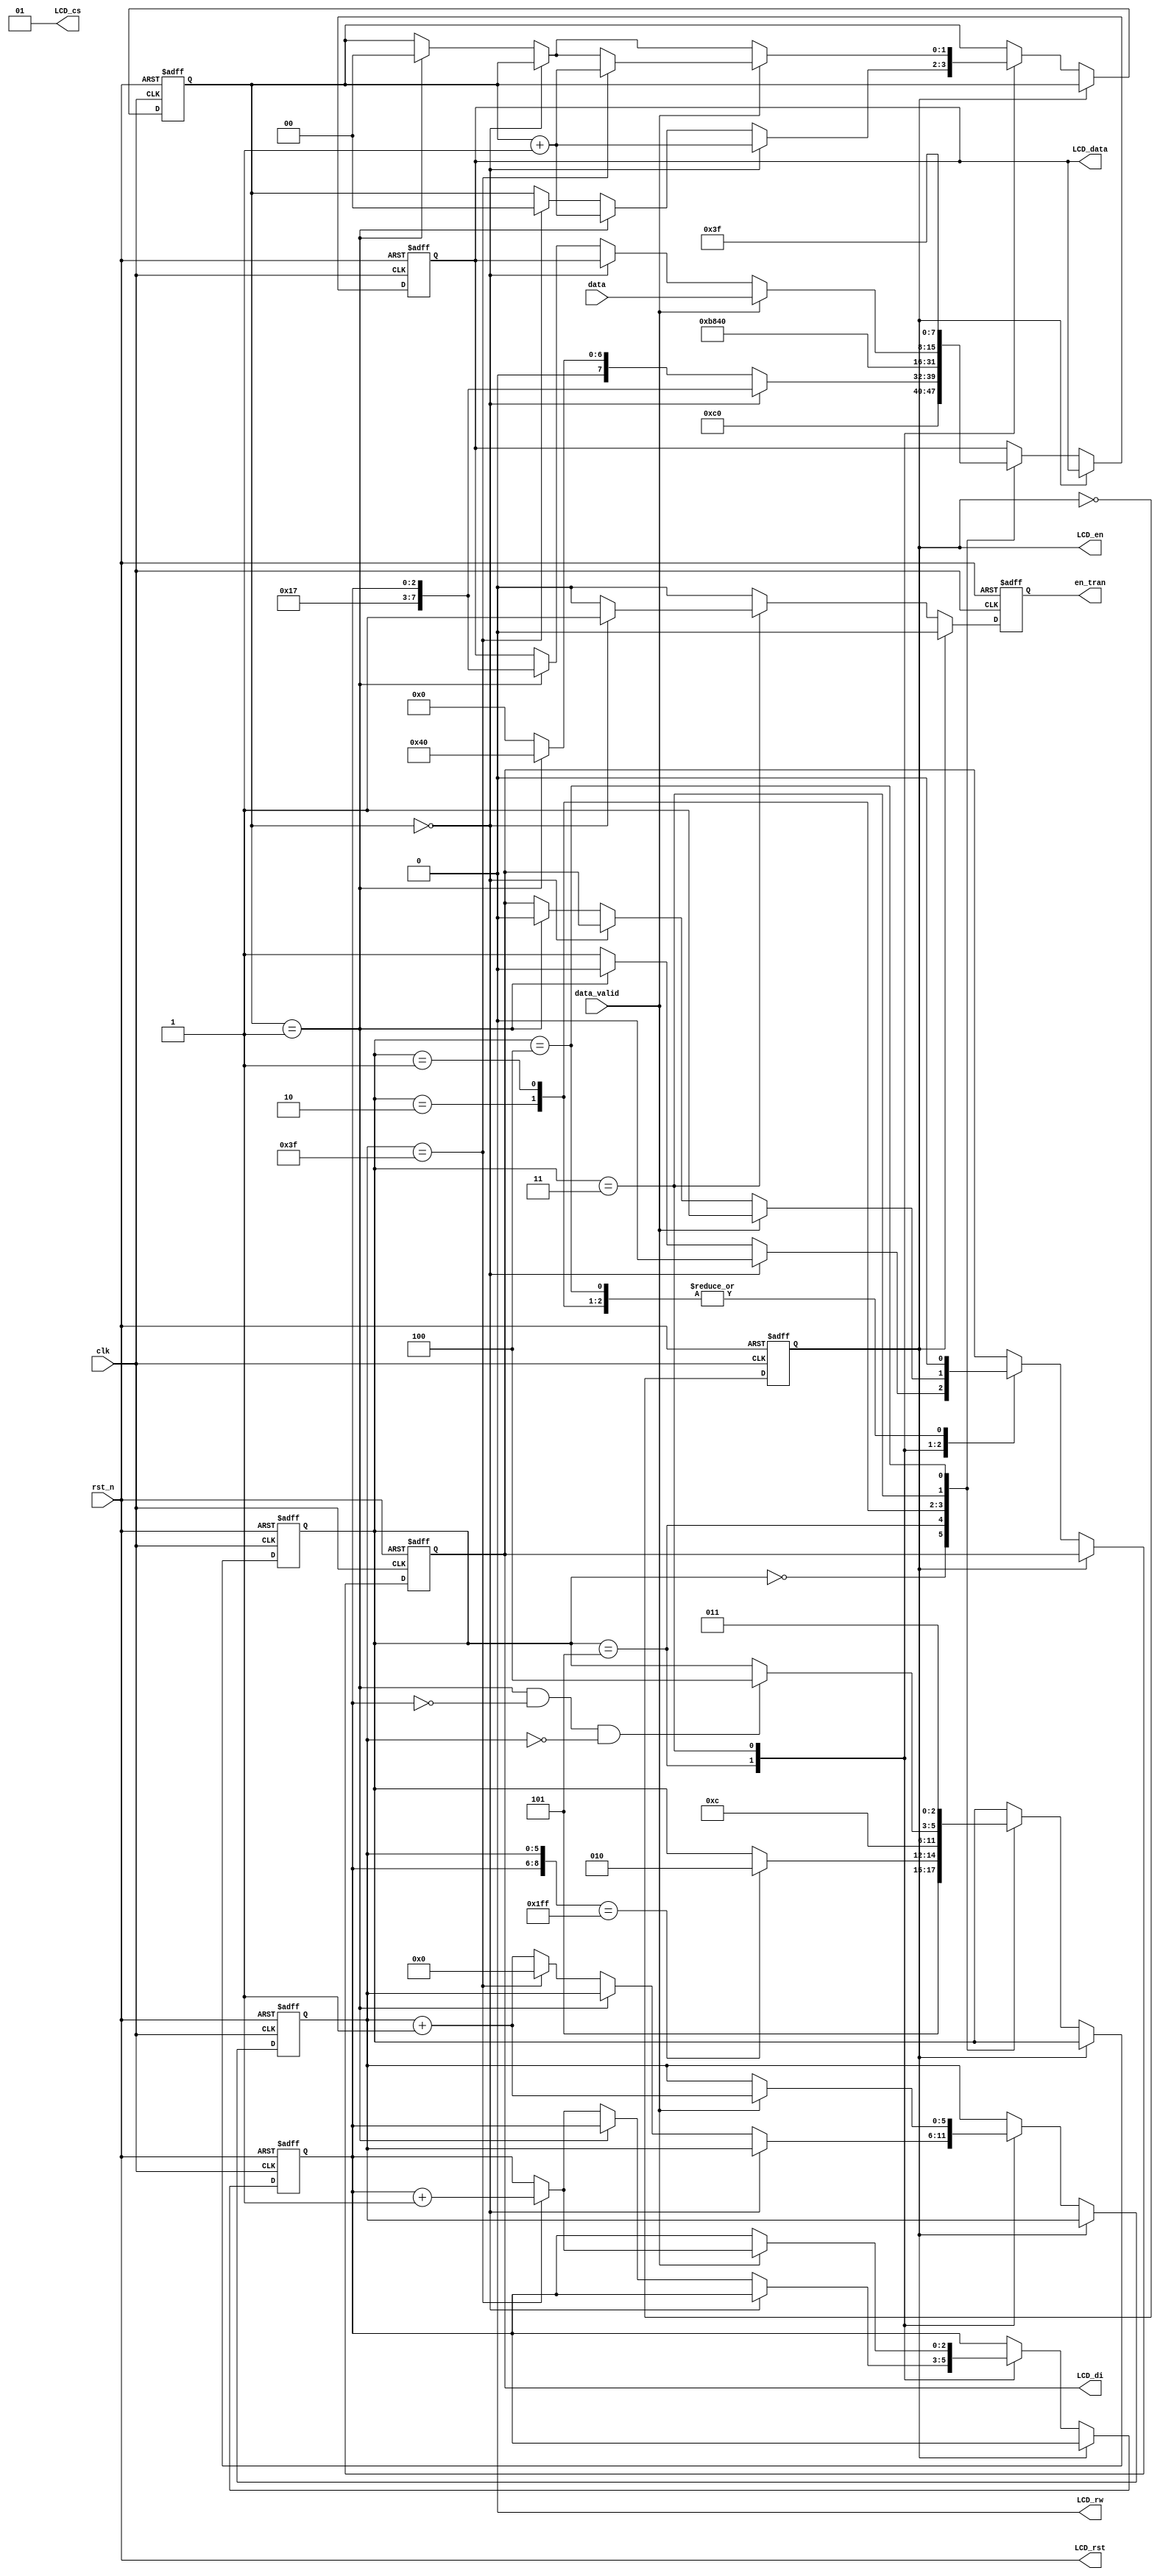
`timescale 1ns / 1ps
//////////////////////////////////////////////////////////////////////////////////
// Company: 
// Engineer: 
// 
// Design Name: 
// Module Name:    LCD_left_control 
// Project Name: 
// Target Devices: 
// Tool versions: 
// Description: 
//
// Dependencies: 
//
// Revision: 
// Revision 0.01 - File Created
// Additional Comments: 
//
//////////////////////////////////////////////////////////////////////////////////
module LCD_left_control (
  input wire clk,
  input wire rst_n,
  input wire [7:0] data,    // memory value  
  input wire data_valid,    // if data_valid = 1 the data is valid

  output reg LCD_di,
  output wire LCD_rw,
  output reg LCD_en,
  output wire LCD_rst,
  output wire [1:0] LCD_cs,
  output reg [7:0] LCD_data,
  output reg en_tran
);
 
  parameter SETDSL = 3'd0;
  parameter SetY = 3'd1;
  parameter SetX = 3'd2;
  parameter Display = 3'd3;
  parameter IDLE = 3'd4;
  parameter EARSE = 3'd5;

  assign LCD_rst = rst_n;
  assign LCD_cs = 2'b01;
  assign LCD_rw = 1'b0;
 
  reg LCD_di_next;
  reg [7:0] LCD_data_next;
  reg LCD_en_next;
  reg [2:0] state,state_next;
  reg en_tran_next;
  reg [5:0] y_cnt,y_cnt_next;
  reg [1:0] flag,flag_next;
  reg [2:0] x_cnt,x_cnt_next;
 
  always @(posedge clk or negedge rst_n) begin
    if (~rst_n) begin
      LCD_di = 1'd0;
      LCD_data = 8'b0000_0000;
      LCD_en = 1'b1;
      state = SETDSL;
      en_tran = 1'b0;
      y_cnt = 6'd0;
      x_cnt = 3'd0;
      flag = 2'd0;
    end else begin
      LCD_di = LCD_di_next;
      LCD_data = LCD_data_next;
      LCD_en = LCD_en_next;
      state = state_next;
      en_tran = en_tran_next;
      y_cnt = y_cnt_next;
      x_cnt = x_cnt_next;
      flag = flag_next;
    end
  end
  
  always @* begin
    state_next = state;
    if (LCD_en == 1'b0) begin
      case (state)
        SETDSL: begin
          state_next = EARSE;
        end
        EARSE: begin
          if ({x_cnt,y_cnt} == {3'd7,6'd63}) state_next = SetX;
        end
        SetX: begin
          state_next = SetY;
        end
        SetY: begin
          state_next = IDLE;
        end
        Display: begin
          if(flag == 1'b1 && x_cnt == 3'd0 && y_cnt == 6'd0) state_next = IDLE;
        end
        IDLE:begin
          state_next = Display;
        end
      endcase
    end
  end
 
  always @(*) begin
    LCD_en_next = ~LCD_en;
    LCD_data_next = LCD_data;
    LCD_di_next = LCD_di;
    en_tran_next = 1'd0;
    y_cnt_next = y_cnt;
    x_cnt_next = x_cnt;
    flag_next = flag;
    if (LCD_en ==1'd0) begin
      case (state)
        SETDSL: begin
          LCD_data_next = 8'b1100_0000;
          LCD_di_next   = 1'd0;
        end
        EARSE: begin
          if (flag == 2'b0) begin
            LCD_di_next   = 1'd0;
            LCD_data_next = {5'b10111,x_cnt};
            flag_next = flag + 1'b1;
          end else if (flag == 2'b1) begin
            LCD_di_next   = 1'd0;
            LCD_data_next = 8'b0100_0000;
            flag_next = flag + 1'b1;
          end else begin
            LCD_di_next   = 1'd1;
            LCD_data_next  = 8'b0000_0000;
            if (y_cnt == 6'd63) begin
              y_cnt_next = 6'd0;
              flag_next = 2'd0;
              x_cnt_next = x_cnt + 1'b1;
            end else begin
              y_cnt_next = y_cnt + 1'b1;
            end
          end
        end
        SetX: begin
          LCD_data_next = 8'b10111000;
          LCD_di_next   = 1'd0;
        end
        SetY: begin
          LCD_data_next = 8'b0100_0000;
          LCD_di_next   = 1'd0;
        end
        Display: begin
          if (flag == 2'b0) begin
            en_tran_next = 1'd1;
          end else if (flag == 2'd1) begin
            LCD_data_next = {5'b10111, x_cnt};
            LCD_di_next = 1'd0;
            flag_next = 2'd0;
          end
          if (data_valid) begin
            y_cnt_next = y_cnt + 1'b1;
            LCD_di_next = 1'd1;
            LCD_data_next = data;
            if (y_cnt == 6'd63) begin
              flag_next = flag + 1'b1;
              x_cnt_next = x_cnt + 1'b1;
            end
          end
        end
        IDLE: begin
          LCD_di_next = 1'd0;
          LCD_data_next = 8'b0011_1111;
        end
      endcase
    end
  end
endmodule